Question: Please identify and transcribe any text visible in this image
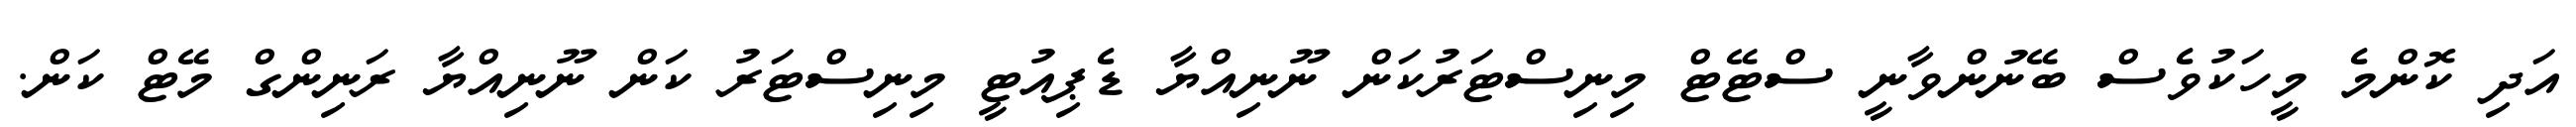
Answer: އަދި ކޮންމެ މީހަކުވެސް ބޭނުންވާނީ ސްޓޭޓް މިނިސްޓަރުކަން ނޫނިއްޔާ ޑެޕިއުޓީ މިނިސްޓަރު ކަން ނޫނިއްޔާ ރަނިންގް މޭޓް ކަން.